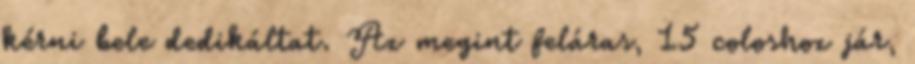
kérni bele dedikáltat. Az megint feláras, 15 coloshoz jár,